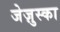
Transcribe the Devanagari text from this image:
जेज़ुस्का